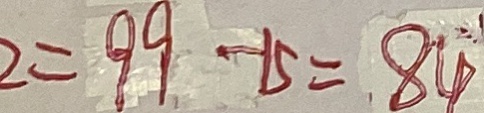
2 = 9 9 - 1 5 = 8 4